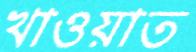
খাওয়াত